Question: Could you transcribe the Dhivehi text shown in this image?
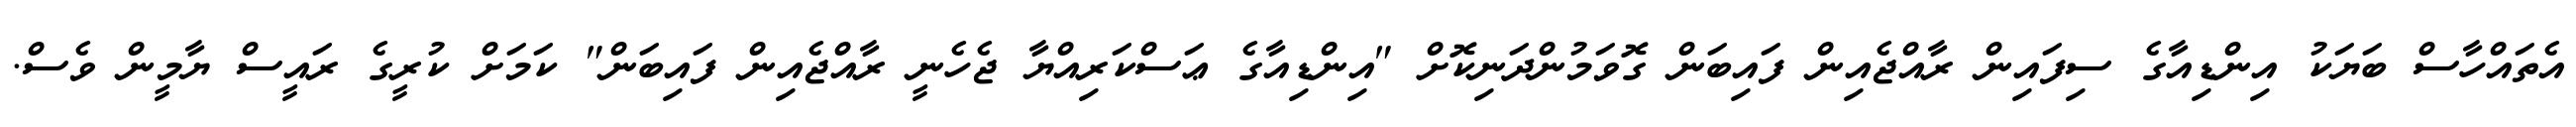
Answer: އެތައްހާސް ބަޔަކު އިންޑިއާގެ ސިފައިން ރާއްޖެއިން ފައިބަން ގޮވަމުންދަނިކޮށް "އިންޑިއާގެ ޢަސްކަރިއްޔާ ޖެހެނީ ރާއްޖެއިން ފައިބަން" ކަމަށް ކުރީގެ ރައީސް ޔާމީން ވެސް.